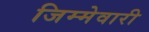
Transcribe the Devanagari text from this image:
जिम्‍मेवारी